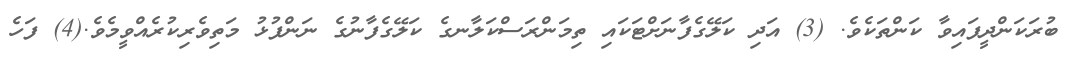
ބުރަކަންދީފައިވާ ކަންތަކެވެ. (3) އަދި ކަލޭގެފާނަށްޓަކައި ތިމަންރަސްކަލާނގެ ކަލޭގެފާނުގެ ނަންފުޅު މަތިވެރިކުރެއްވީމެވެ.(4) ފަހެ